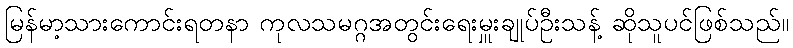
မြန်မာ့သားကောင်းရတနာ ကုလသမဂ္ဂအတွင်းရေးမှူးချုပ်ဦးသန့် ဆိုသူပင်ဖြစ်သည်။